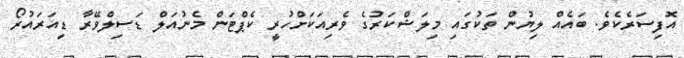
އޮފިސަރެކެވެ. ބައެއް ލިޔުން ތަކުގައި މިލަޝްކަރުގެ ވެރިއަކަށްހުރީ ކެޕްޓަން މެނުއަލް ޑަސިލްވޭރާ ޑިއަރައުރޯ